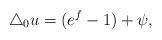
LaTeX: \begin{align*} \triangle_0 u = (e^f -1) + \psi , \end{align*}